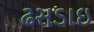
ઢસડાઇ